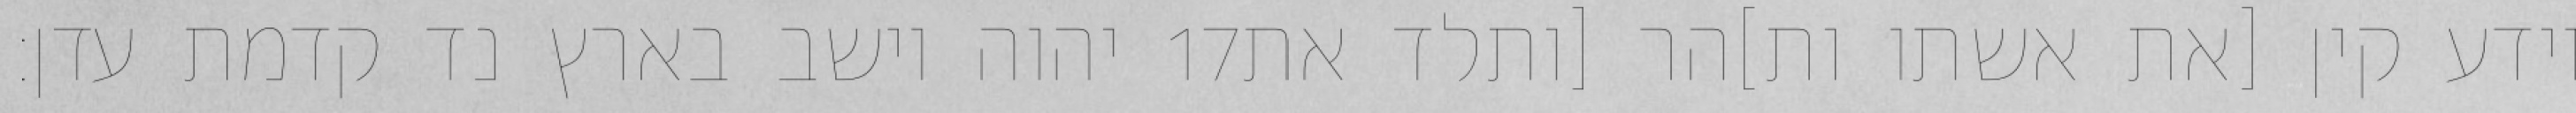
יהוה וישב בארץ נד קדמת עדן׃ ‎17‏ וידע קין [את אשתו ות]הר [ותלד את